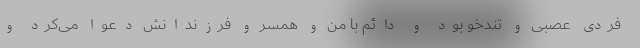
فردی عصبی و تندخو بود و دائم با من و همسر و فرزندانش دعوا می‌کرد و